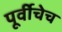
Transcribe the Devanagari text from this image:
पूर्वीचेच